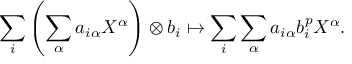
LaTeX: \sum _ { i } \left( \sum _ { \alpha } a _ { i \alpha } X ^ { \alpha } \right) \otimes b _ { i } \mapsto \sum _ { i } \sum _ { \alpha } a _ { i \alpha } b _ { i } ^ { p } X ^ { \alpha } .